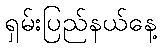
ရှမ်းပြည်နယ်နေ့